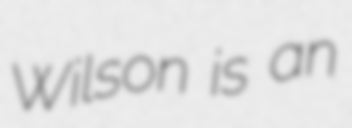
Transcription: Wilson is an